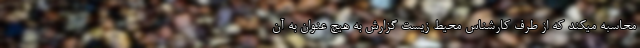
محاسبه میکند كه از طرف کارشناس محیط زیست گزارش به هیچ عنوان به آن